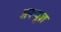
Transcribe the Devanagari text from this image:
अनन्यूज़